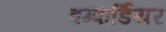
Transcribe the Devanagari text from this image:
बम्बार्डियर